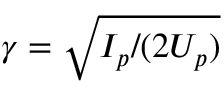
\gamma = \sqrt { I _ { p } / ( 2 U _ { p } ) }